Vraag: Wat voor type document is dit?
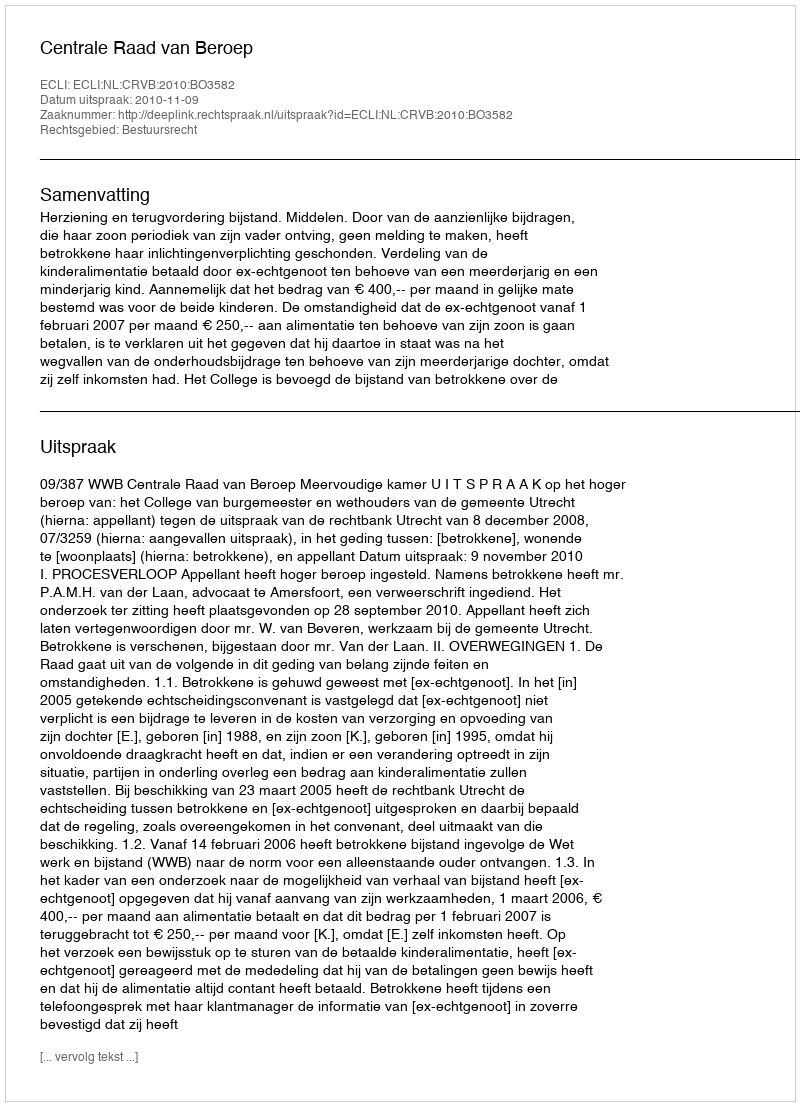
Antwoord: Uitspraak